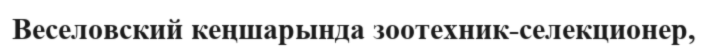
Веселовский кеңшарында зоотехник-селекционер,